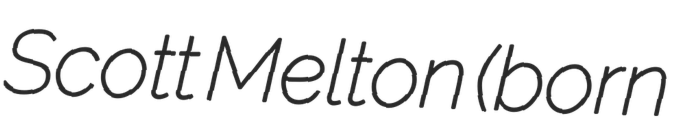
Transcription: Scott Melton (born